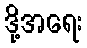
ဒို့အရေး